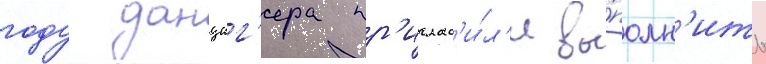
году данциг'ера пр'иглас'и́л'и вы́полн'ить